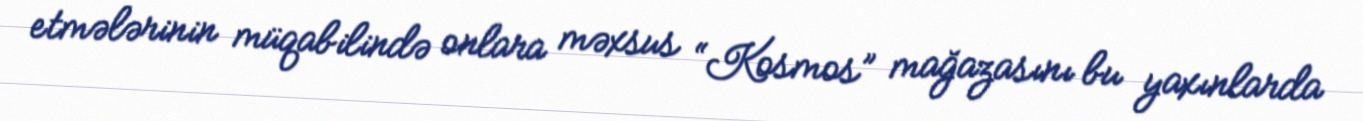
etmələrinin müqabilində onlara məxsus “Kosmos” mağazasını bu yaxınlarda